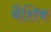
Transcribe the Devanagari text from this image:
बैशिक